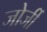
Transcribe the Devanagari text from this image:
जोर्जी